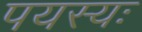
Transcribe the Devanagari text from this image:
पयस्यः